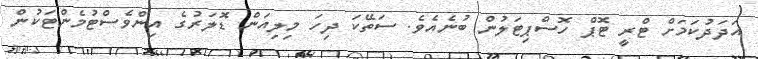
އަދަދުކަމަށް ޓްރީ ޓޮޕް ހޮސްޕިޓަލުން ބުނެއެވެ. ސަތޭކަ ދިހަ މިލިއަން ޑޮލަރުގެ އިންވެސްޓުމެންޓަކުން